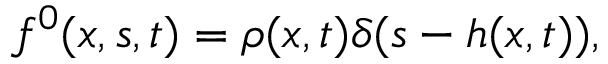
f ^ { 0 } ( x , s , t ) = \rho ( x , t ) \delta ( s - h ( x , t ) ) ,